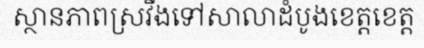
ស្ថានភាពស្រវឹងទៅសាលាដំបូងខេត្តខេត្ត